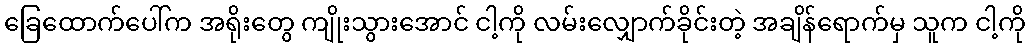
ခြေထောက်ပေါ်က အရိုးတွေ ကျိုးသွားအောင် ငါ့ကို လမ်းလျှောက်ခိုင်းတဲ့ အချိန်ရောက်မှ သူက ငါ့ကို